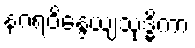
နဂရဝိန္ဒေယျသုဒ္ဓိကာ